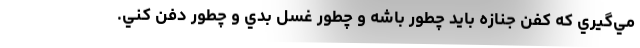
مي‌گيري كه كفن جنازه بايد چطور باشه و چطور غسل بدي و چطور دفن كني.